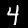
Digit: 4